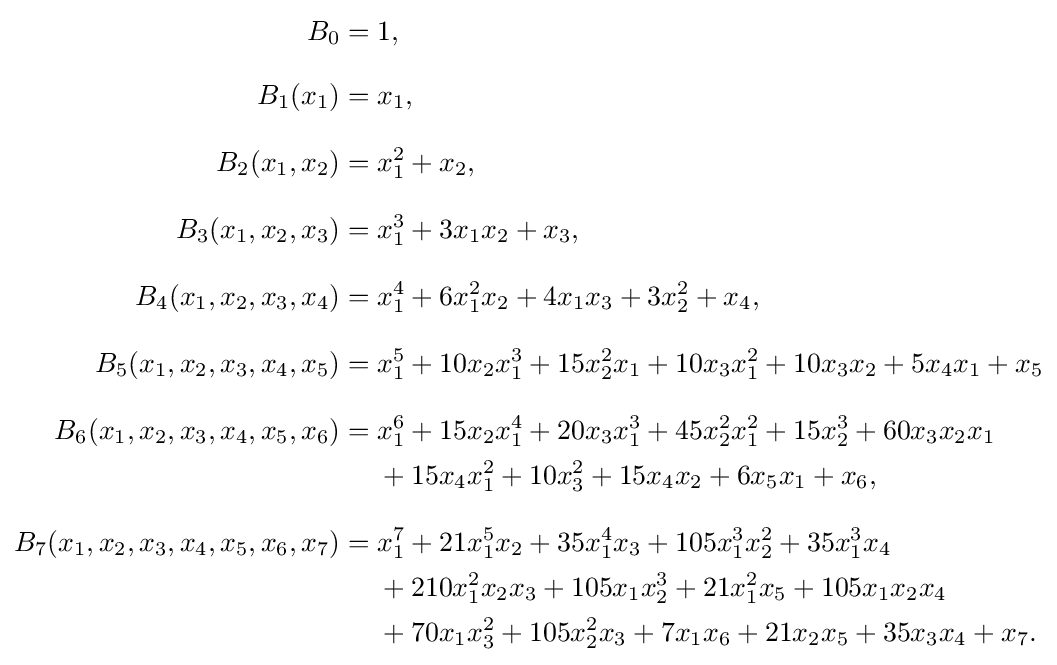
{\begin{aligned}B_{0}={}&1,\\[8pt]B_{1}(x_{1})={}&x_{1},\\[8pt]B_{2}(x_{1},x_{2})={}&x_{1}^{2}+x_{2},\\[8pt]B_{3}(x_{1},x_{2},x_{3})={}&x_{1}^{3}+3x_{1}x_{2}+x_{3},\\[8pt]B_{4}(x_{1},x_{2},x_{3},x_{4})={}&x_{1}^{4}+6x_{1}^{2}x_{2}+4x_{1}x_{3}+3x_{2}^{2}+x_{4},\\[8pt]B_{5}(x_{1},x_{2},x_{3},x_{4},x_{5})={}&x_{1}^{5}+10x_{2}x_{1}^{3}+15x_{2}^{2}x_{1}+10x_{3}x_{1}^{2}+10x_{3}x_{2}+5x_{4}x_{1}+x_{5}\\[8pt]B_{6}(x_{1},x_{2},x_{3},x_{4},x_{5},x_{6})={}&x_{1}^{6}+15x_{2}x_{1}^{4}+20x_{3}x_{1}^{3}+45x_{2}^{2}x_{1}^{2}+15x_{2}^{3}+60x_{3}x_{2}x_{1}\\&{}+15x_{4}x_{1}^{2}+10x_{3}^{2}+15x_{4}x_{2}+6x_{5}x_{1}+x_{6},\\[8pt]B_{7}(x_{1},x_{2},x_{3},x_{4},x_{5},x_{6},x_{7})={}&x_{1}^{7}+21x_{1}^{5}x_{2}+35x_{1}^{4}x_{3}+105x_{1}^{3}x_{2}^{2}+35x_{1}^{3}x_{4}\\&{}+210x_{1}^{2}x_{2}x_{3}+105x_{1}x_{2}^{3}+21x_{1}^{2}x_{5}+105x_{1}x_{2}x_{4}\\&{}+70x_{1}x_{3}^{2}+105x_{2}^{2}x_{3}+7x_{1}x_{6}+21x_{2}x_{5}+35x_{3}x_{4}+x_{7}.\end{aligned}}